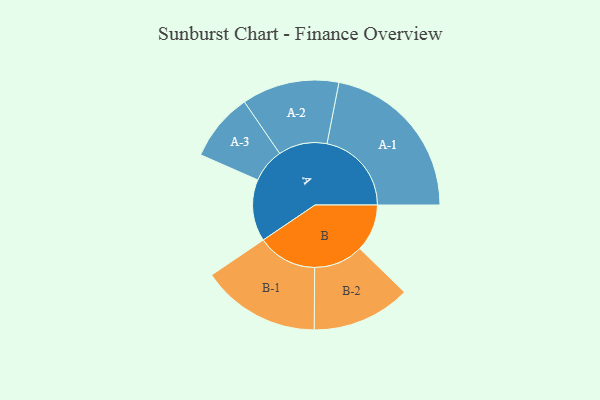
{"axis": {"x": "Segment", "y": "Value"}, "legend": ["", "A", "B"], "data": [{"x": "A", "y": 183, "type": ""}, {"x": "B", "y": 140, "type": ""}, {"x": "A-1", "y": 250, "type": "A"}, {"x": "A-2", "y": 144, "type": "A"}, {"x": "A-3", "y": 101, "type": "A"}, {"x": "B-1", "y": 176, "type": "B"}, {"x": "B-2", "y": 146, "type": "B"}]}